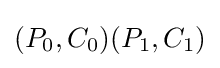
(P_{0},C_{0})(P_{1},C_{1})